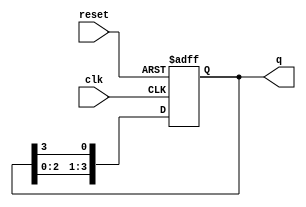
module bistable_ring_counter #(
    parameter N = 4  // Number of flip-flops
)(
    input wire clk,   // Clock signal
    input wire reset, // Asynchronous reset signal
    output reg [N-1:0] q // Output state of the counter
);

// Initial state
initial begin
    q = 1'b1; // Set the first flip-flop to '1' and others to '0'
end

// Always block for the ring counter operation
always @(posedge clk or posedge reset) begin
    if (reset) begin
        q <= 1'b1; // Reset the counter to the initial state
    end else begin
        // Shift the '1' to the right
        q <= {q[N-2:0], q[N-1]}; // Shift left and wrap around
    end
end

endmodule